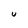
Character: U